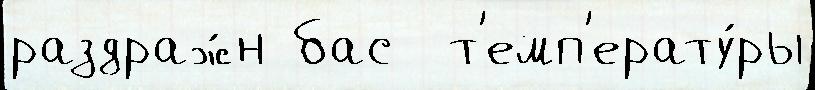
раздраж́н бас  т'емп'ерату́ры